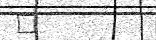
٢